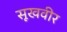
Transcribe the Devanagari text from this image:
सूखवीर